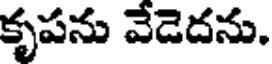
కృపను వేడెదను.